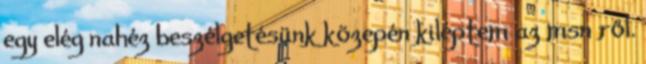
egy elég nahéz beszélgetésünk közepén kiléptem az msn ről.